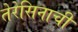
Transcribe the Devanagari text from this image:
तेरेसिनाची